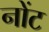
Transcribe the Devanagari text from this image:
नोंट